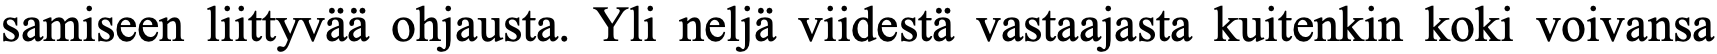
samiseen liittyvää ohjausta. Yli neljä viidestä vastaajasta kuitenkin koki voivansa